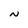
Character: N